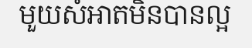
មួយសំអាតមិនបានល្អ